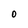
Character: O